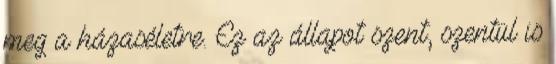
meg a házaséletre. Ez az állapot szent, szentül is